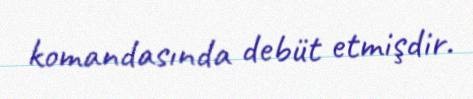
komandasında debüt etmişdir.